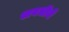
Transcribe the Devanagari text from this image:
अवधीने